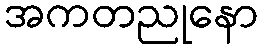
အကတညုနော